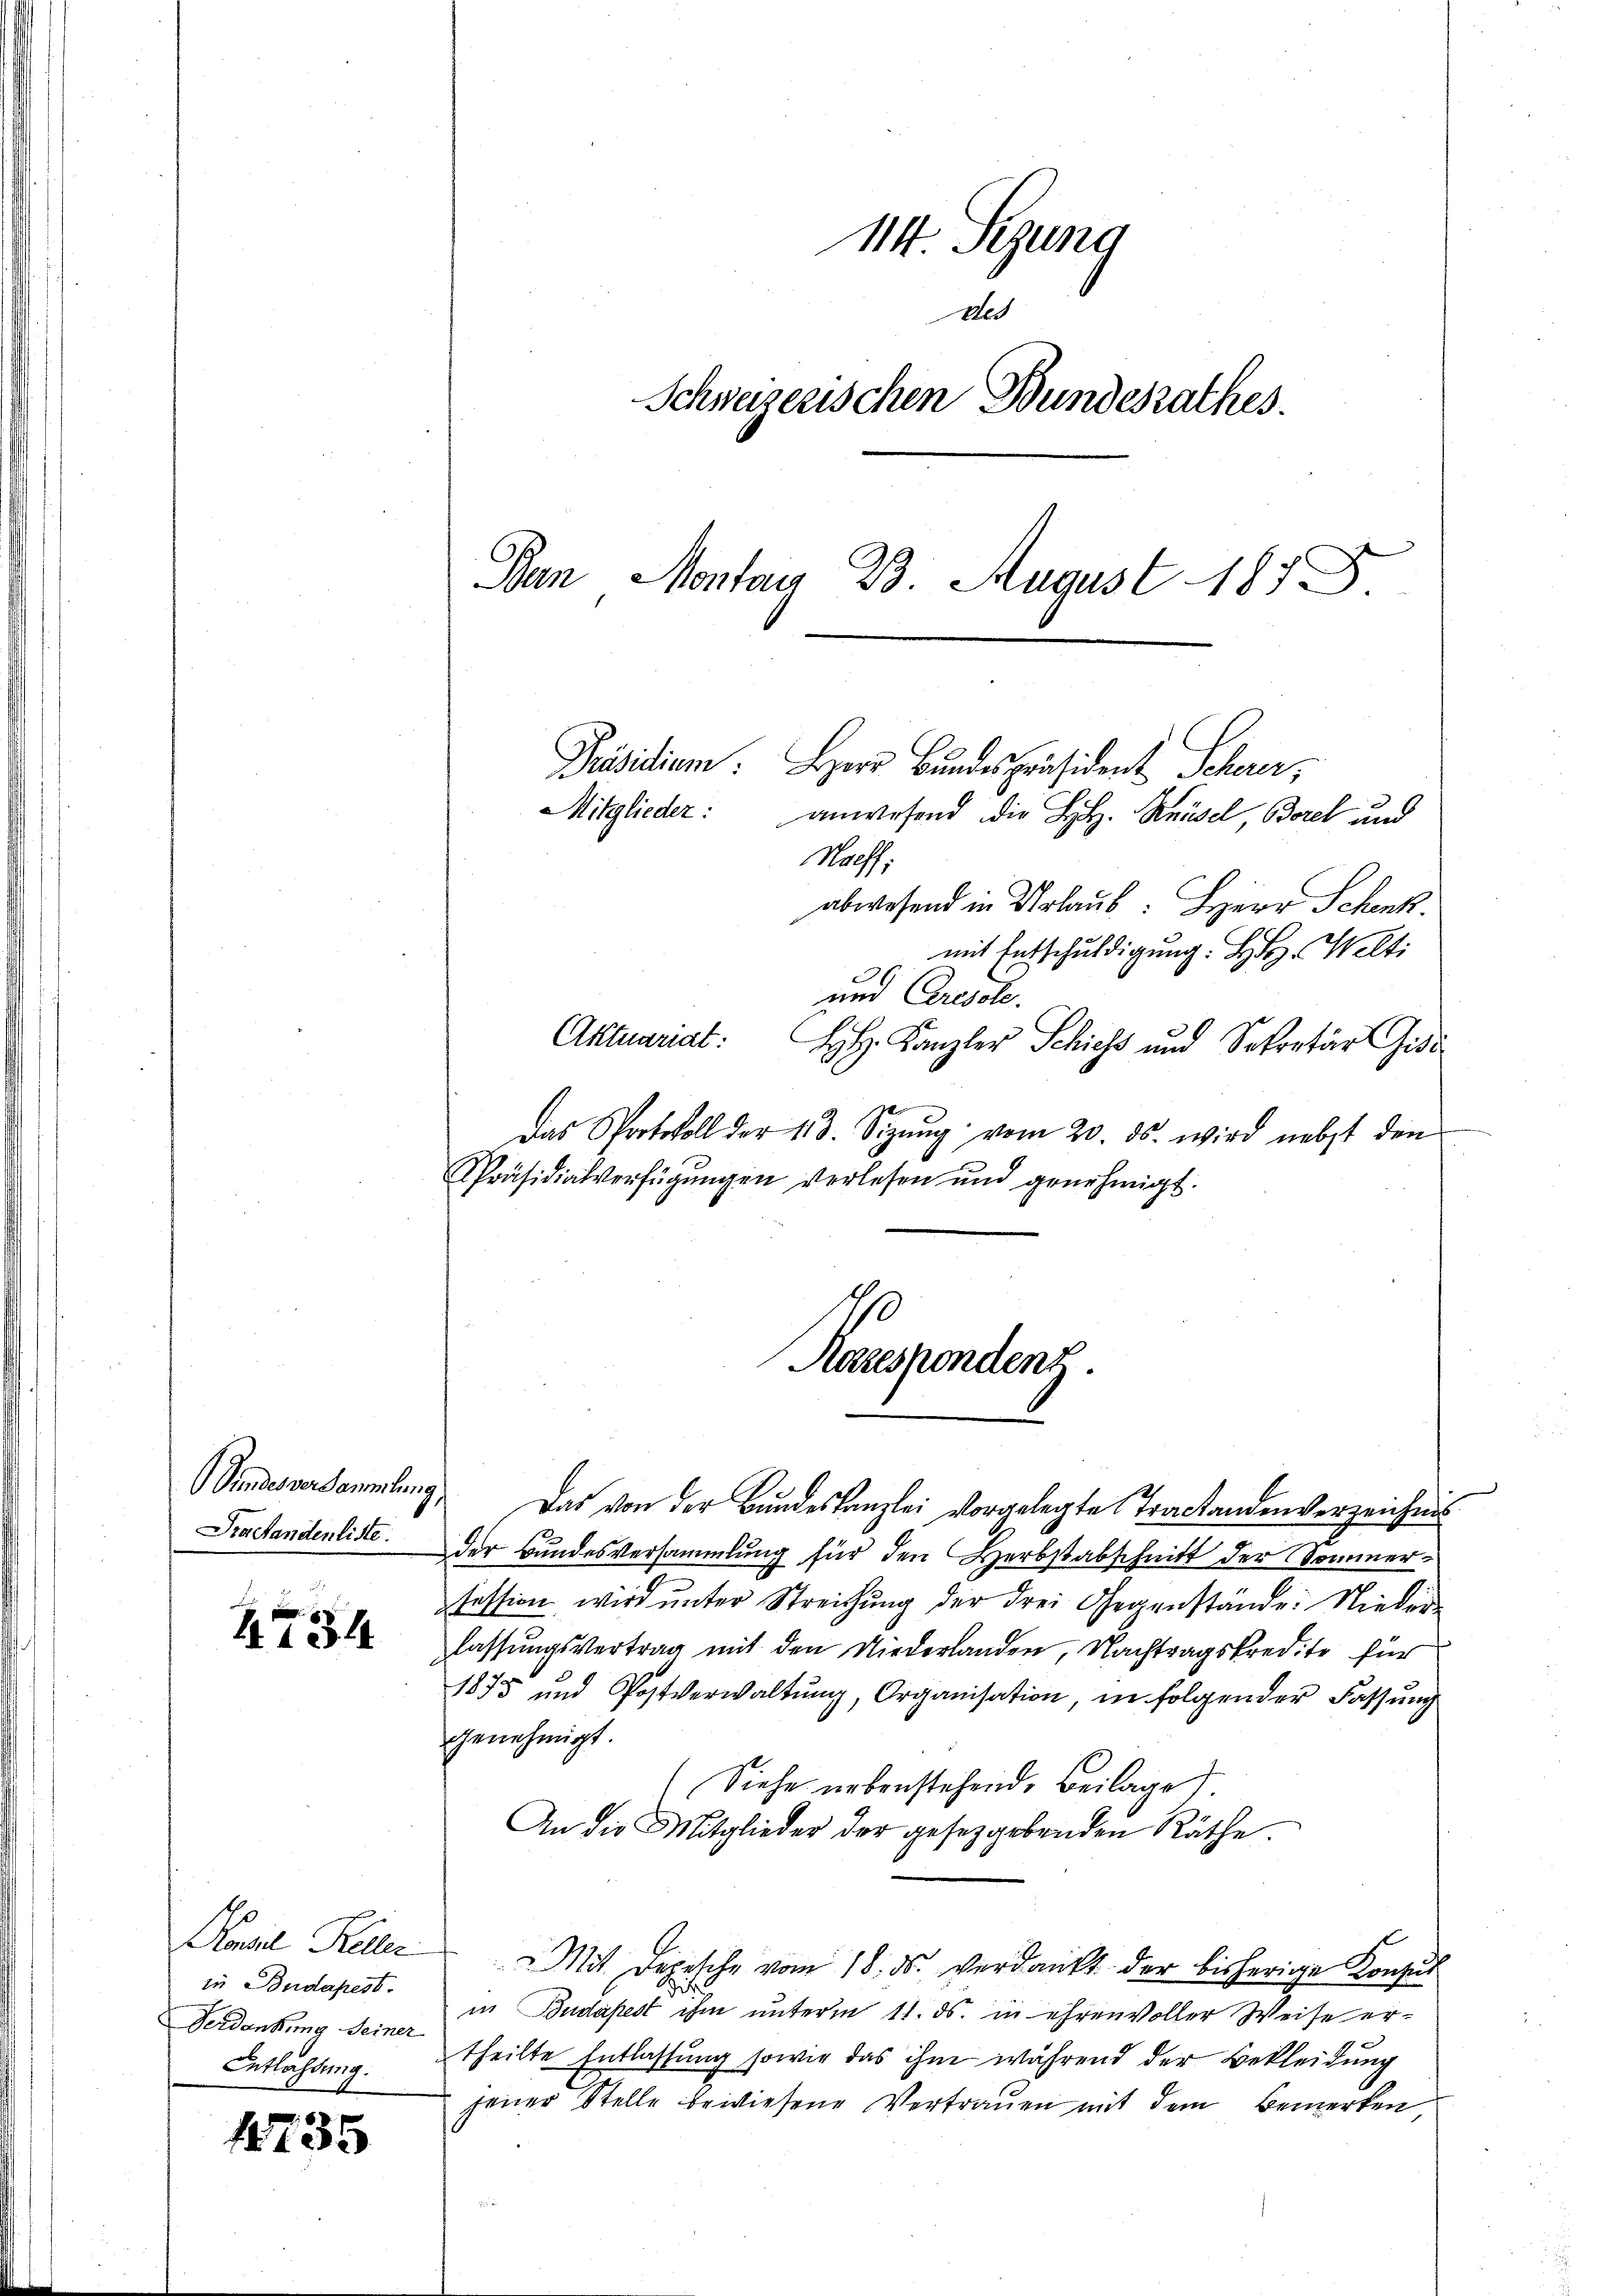
Gundesversammlung,
Fraefandenliste.

4734

in Budapest.
Verdankung seiner
Entlassung.

1735

114. Sizung
de
Schweizerischen Bundesrathes.
Ban Montag 23. August 187

Präsidium. Herr Bundespräsident Scherer,
anwesend die H.H. Knüsel, Borel und
Nacff:
abwesend in Urlaub: Herr Schenk.
mit Entschuldigung. H. Welti
und Cresole.
Aktuariat:
HH. Kanzler Schiess und Sekretär Gisi
Das Protokoll der 113. Sizŭng vom 20. ds. wird nebst den
Präsidialverfügungen verlesen und genehmigt.
Das von der Bundeskanzlei vorgelegte Tractandenverzeichnis
der Bundesversammlung für den Herbstabschnitt der Sommerfession wird unter Streichung der drei Gegenstände: Nieder
lassungsvertrag mit den Niederlanden, Nachtragskredite für
1875 und Postverwaltŭng, Organisation, in folgender Fassung
genehmigt.
(Siehe nebenstehende Beilage).
An die Mitglieder der gesetzgebenden Räthe.
Konzil Keller Mit Depesche vom 18. ds. verdankt der bisherige Konsus
in Budapest ihm unterm 11. ds. in ehrenvoller Weise ertheilte Entlassung sowie das ihm während der Bekleidung
jener Stelle bewiesene Vertrauen mit dem Bemerken,
h

Mitglieder:

10
Aazespondenz.